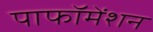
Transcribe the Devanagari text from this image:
पाफॉमेंशन